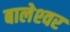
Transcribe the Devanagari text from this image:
बालेश्‍वर